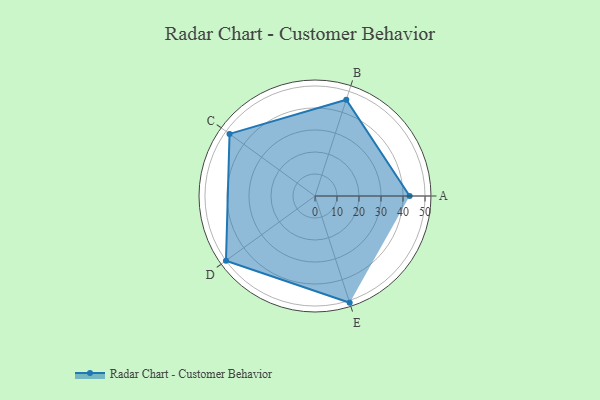
{"axis": {"x": "Skill", "y": "Score"}, "legend": ["Profile"], "data": [{"x": "A", "y": 43.0, "type": "Profile"}, {"x": "B", "y": 46.0, "type": "Profile"}, {"x": "C", "y": 48.0, "type": "Profile"}, {"x": "D", "y": 50.0, "type": "Profile"}, {"x": "E", "y": 51.0, "type": "Profile"}]}